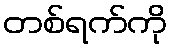
တစ်ရက်ကို